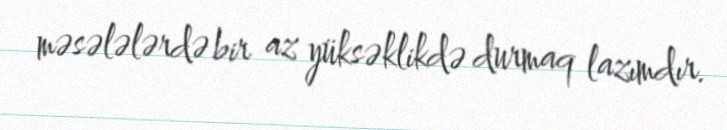
məsələlərdə bir az yüksəklikdə durmaq lazımdır.